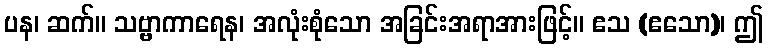
ပန၊ ဆက်။ သဗ္ဗာကာရေန၊ အလုံးစုံသော အခြင်းအရာအားဖြင့်။ ဧသ (ဧသော)၊ ဤ